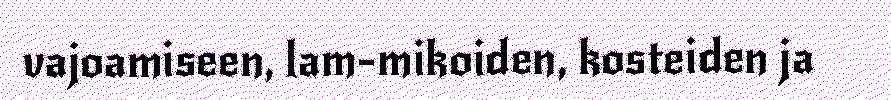
vajoamiseen, lam-mikoiden, kosteiden ja